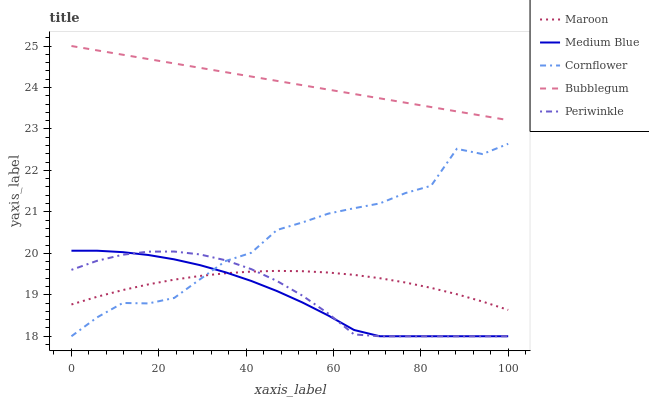
| xaxis_label | Maroon | Medium Blue | Cornflower | Bubblegum | Periwinkle |
 | --- | --- | --- | --- | --- | --- |
 | 0 | 18.8 | 20.1 | 18 | 25 | 19.6 |
 | 5.88 | 19 | 20.1 | 18.5 | 24.9 | 19.8 |
 | 11.8 | 19.1 | 20 | 18.8 | 24.8 | 20 |
 | 17.6 | 19.3 | 20 | 18.8 | 24.7 | 20 |
 | 23.5 | 19.4 | 19.9 | 18.9 | 24.6 | 20 |
 | 29.4 | 19.5 | 19.7 | 19.4 | 24.5 | 20 |
 | 35.3 | 19.5 | 19.5 | 19.8 | 24.4 | 19.8 |
 | 41.2 | 19.6 | 19.3 | 20 | 24.3 | 19.6 |
 | 47.1 | 19.6 | 19.1 | 20.6 | 24.2 | 19.3 |
 | 52.9 | 19.6 | 18.8 | 20.7 | 24.1 | 19 |
 | 58.8 | 19.5 | 18.5 | 21 | 23.9 | 18.5 |
 | 64.7 | 19.5 | 18.2 | 21.1 | 23.8 | 18 |
 | 70.6 | 19.4 | 18 | 21.2 | 23.7 | 18 |
 | 76.5 | 19.3 | 18 | 21.5 | 23.6 | 18 |
 | 82.4 | 19.2 | 18 | 21.6 | 23.5 | 18 |
 | 88.2 | 19 | 18 | 22.5 | 23.4 | 18 |
 | 94.1 | 18.8 | 18 | 22.4 | 23.3 | 18 |
 | 100 | 18.6 | 18 | 22.6 | 23.2 | 18 |